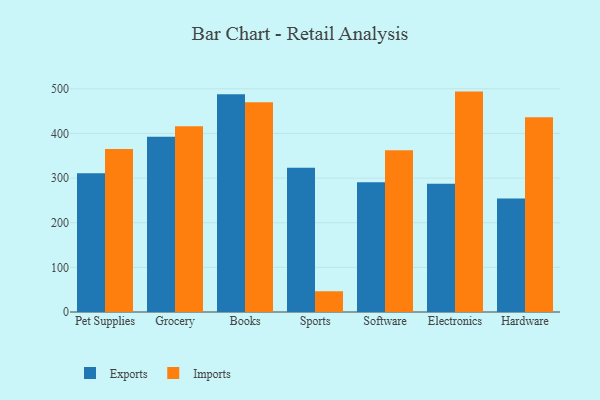
{"axis": {"x": "Category", "y": "Churn Rate (%)"}, "legend": ["Exports", "Imports"], "data": [{"x": "Pet Supplies", "y": 310.8, "type": "Exports"}, {"x": "Pet Supplies", "y": 365.4, "type": "Imports"}, {"x": "Grocery", "y": 392.9, "type": "Exports"}, {"x": "Grocery", "y": 416.1, "type": "Imports"}, {"x": "Books", "y": 488.0, "type": "Exports"}, {"x": "Books", "y": 469.9, "type": "Imports"}, {"x": "Sports", "y": 323.1, "type": "Exports"}, {"x": "Sports", "y": 46.5, "type": "Imports"}, {"x": "Software", "y": 290.5, "type": "Exports"}, {"x": "Software", "y": 362.2, "type": "Imports"}, {"x": "Electronics", "y": 287.5, "type": "Exports"}, {"x": "Electronics", "y": 493.8, "type": "Imports"}, {"x": "Hardware", "y": 254.2, "type": "Exports"}, {"x": "Hardware", "y": 436.4, "type": "Imports"}]}